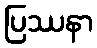
ပြဿနာ